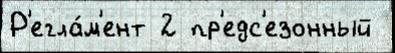
Р'егла́м'ент 2 пр'едс'езонный